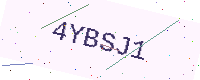
Text: 4YBSJ1